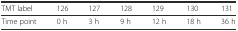
<table><thead><tr><td><b>TMT label</b></td><td><b>126</b></td><td><b>127</b></td><td><b>128</b></td><td><b>129</b></td><td><b>130</b></td><td><b>131</b></td></tr></thead><tbody><tr><td>Time point</td><td>0 h</td><td>3 h</td><td>9 h</td><td>12 h</td><td>18 h</td><td>36 h</td></tr></tbody></table>